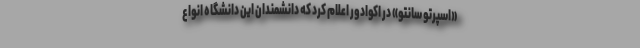
«اسپرتو سانتو» در اکوادور اعلام کرد که دانشمندان این دانشگاه انواع